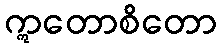
ဣတောစိတော